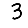
Digit: 3